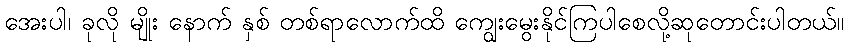
အေးပါ၊ ခုလို မျိုး နောက် နှစ် တစ်ရာလောက်ထိ ကျွေးမွေးနိုင်ကြပါစေလို့ဆုတောင်းပါတယ်။